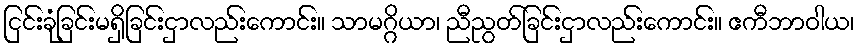
ငြင်းခုံခြင်းမရှိခြင်းငှာလည်းကောင်း။ သာမဂ္ဂိယာ၊ ညီညွတ်ခြင်းငှာလည်းကောင်း။ ဧကီဘာဝါယ၊